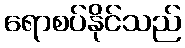
ရောစပ်နိုင်သည်